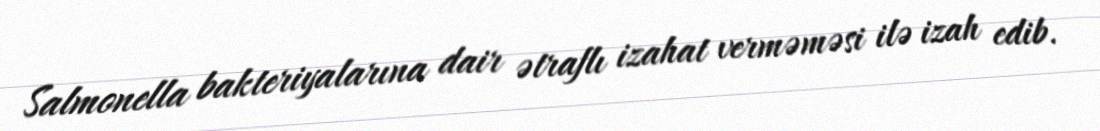
Salmonella bakteriyalarına dair ətraflı izahat verməməsi ilə izah edib.